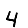
Digit: 4